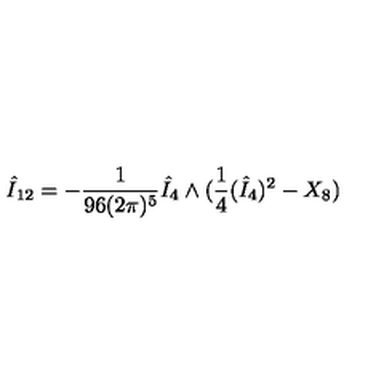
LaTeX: \hat { I } _ { 1 2 } = - \frac { 1 } { 9 6 ( 2 \pi ) ^ { 5 } } \hat { I } _ { 4 } \wedge ( \frac { 1 } { 4 } ( \hat { I } _ { 4 } ) ^ { 2 } - X _ { 8 } )